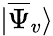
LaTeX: |\overline{{\Psi}}_{v}\rangle